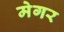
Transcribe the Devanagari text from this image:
मेगर